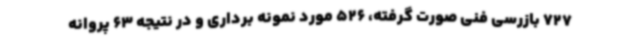
727 بازرسی فنی صورت گرفته، 526 مورد نمونه برداری و در نتیجه 63 پروانه